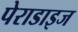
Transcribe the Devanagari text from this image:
पेराडाइज